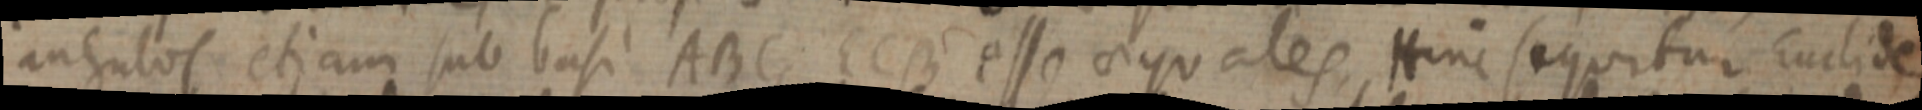
angulos etiam sub basi ABC ECB esse aequales, Hinc sequitur Euclide